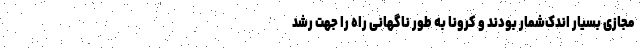
مجازی بسیار اندک‌شمار بودند و کرونا به طور ناگهانی راه را جهت رشد